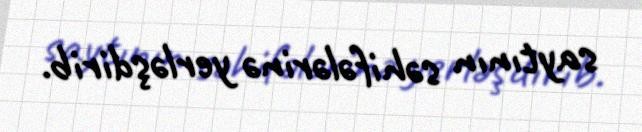
saytının səhifələrinə yerləşdirib.